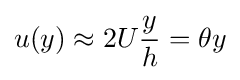
u(y)\approx 2U{\frac {y}{h}}=\theta y